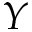
Y